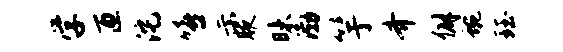
学匝沱嘻示腋昧渤竽齐僻蜿珏